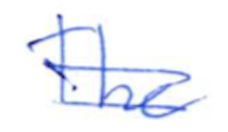
Text: The
Cross-out: double-line
Writing tool: ballpoint